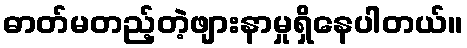
ဓာတ်မတည့်တဲ့ဖျားနာမှုရှိနေပါတယ်။